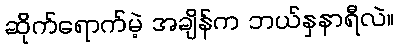
ဆိုက်ရောက်မဲ့ အချိန်က ဘယ်နှနာရီလဲ။